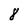
Character: 8